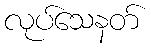
လုပ်သေနတ်